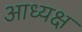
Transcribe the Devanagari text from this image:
आध्यक्ष